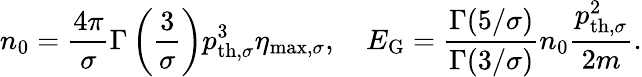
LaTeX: n_{0}=\frac{4\pi}{\sigma}\Gamma\left(\frac{3}{\sigma}\right)p_{\mathrm{th,}\sigma}^{3}\eta_{\mathrm{max,}\sigma},\quad E_{\mathrm{G}}=\frac{\Gamma(5/\sigma)}{\Gamma(3/\sigma)}n_{0}\frac{p_{\mathrm{th,}\sigma}^{2}}{2m}.